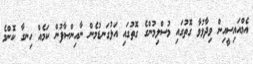
އެމްއައިސީއިން ވިދާޅުވާ ގޮތުގައި މުސްލިމުންގެ ގޮތުގައި އަޅުގަނޑުމެން ނާއިންޞާފުން ކަމެއް ހިނގާ ކޮންމެ